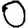
Digit: 0